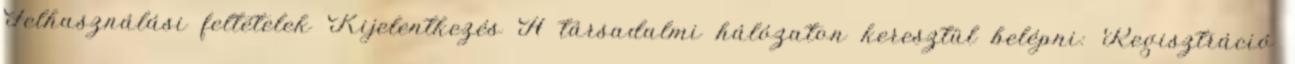
Felhasználási feltételek Kijelentkezés A társadalmi hálózaton keresztül belépni: Regisztráció